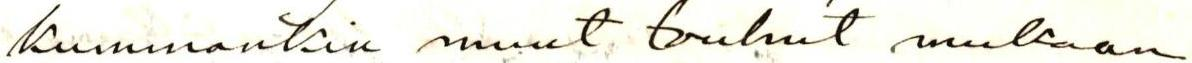
kummankin muut touhut mukaan